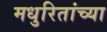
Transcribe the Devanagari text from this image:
मधुरितांच्या